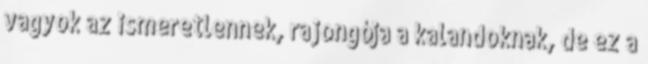
vagyok az ismeretlennek, rajongója a kalandoknak, de ez a